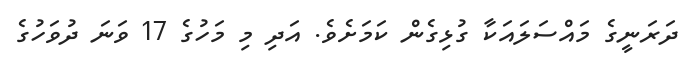
ދަރަނީގެ މައްސަލައަކާ ގުޅިގެން ކަމަށެވެ. އަދި މި މަހުގެ 17 ވަނަ ދުވަހުގެ